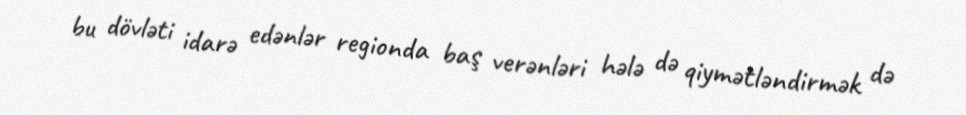
bu dövləti idarə edənlər regionda baş verənləri hələ də qiymətləndirmək də